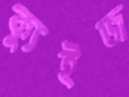
ক্যুইজ